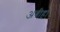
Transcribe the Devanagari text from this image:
अबीहा